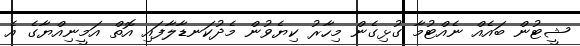
ޝީޓުން ބައެއް ނެއްޓުމާ ގުޅިގެން މިހާރު ކިޔެވުން މެދުކަނޑާލާފައި އޮތް އަމީނިއްޔާގެ އެ